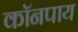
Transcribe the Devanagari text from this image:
कॉनपाय